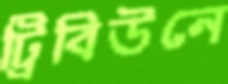
ট্রিবিউনে